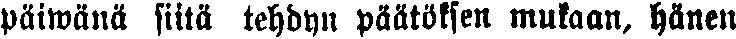
päiwänä siitä tehdyn päätöksen mukaan, hänen